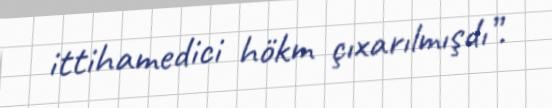
ittihamedici hökm çıxarılmışdı”.